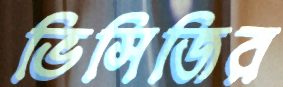
ভিসিজির